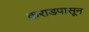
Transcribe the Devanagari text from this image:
कराडपासून